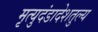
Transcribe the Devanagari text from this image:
मृत्युदंडादेशतुल्य